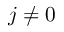
j \neq 0